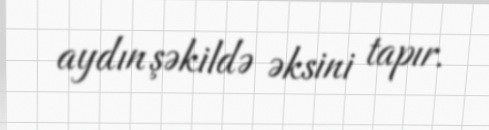
aydın şəkildə əksini tapır.